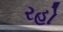
રહો